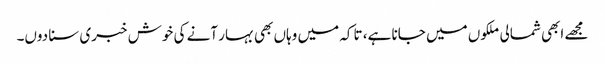
مجھے ابھی شمالی ملکوں میں جانا ہے، تاکہ میں وہاں بھی بہار آنے کی خوش خبری سنا دوں۔